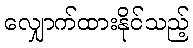
လျှောက်ထားနိုင်သည့်